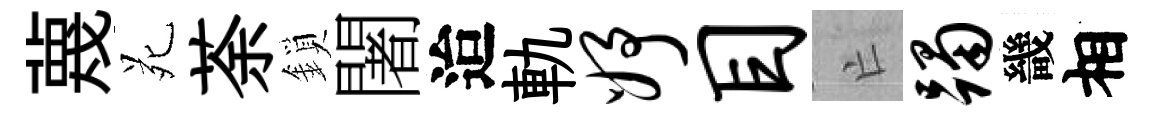
蔑苑荼鎖闍迨軌妤目亡躅畿相